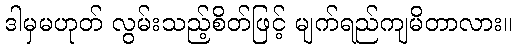
ဒါမှမဟုတ် လွမ်းသည့်စိတ်ဖြင့် မျက်ရည်ကျမိတာလား။